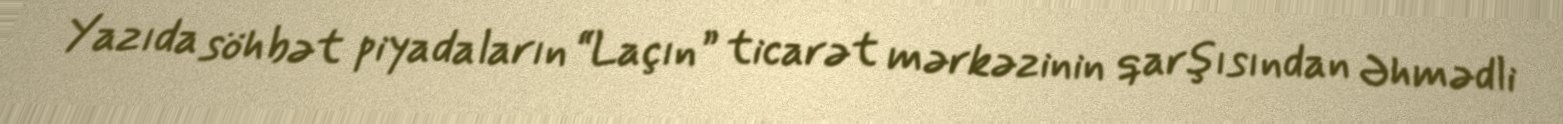
Yazıda söhbət piyadaların “Laçın” ticarət mərkəzinin qarşısından Əhmədli